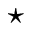
\star